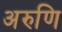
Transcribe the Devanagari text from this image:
अरुणि